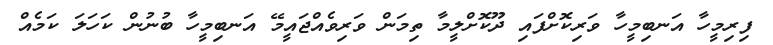
ފިރިމީހާ އަނބިމީހާ ވަރިކޮށްފައި ދޫކޮށްލީމާ ތިމަން ވަރިވެއްޖައީމޭ އަނބިމީހާ ބުނުން ކަހަލަ ކަމެއް